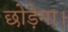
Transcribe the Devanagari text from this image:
छोड़ेगा।